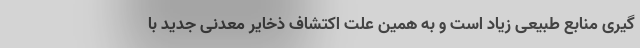
گیری منابع طبیعی زیاد است و به همین علت اکتشاف ذخایر معدنی جدید با